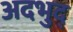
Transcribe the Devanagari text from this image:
अदभुद्